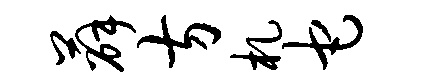
薛方札它